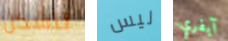
تتشكل ليس آيفري